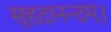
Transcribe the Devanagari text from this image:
सुहृदानन्दम्‌।